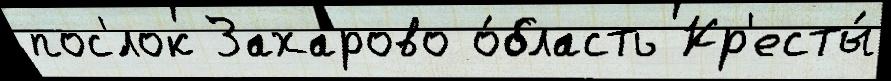
пос'́лок Захарово о́бласть Кр'есты́